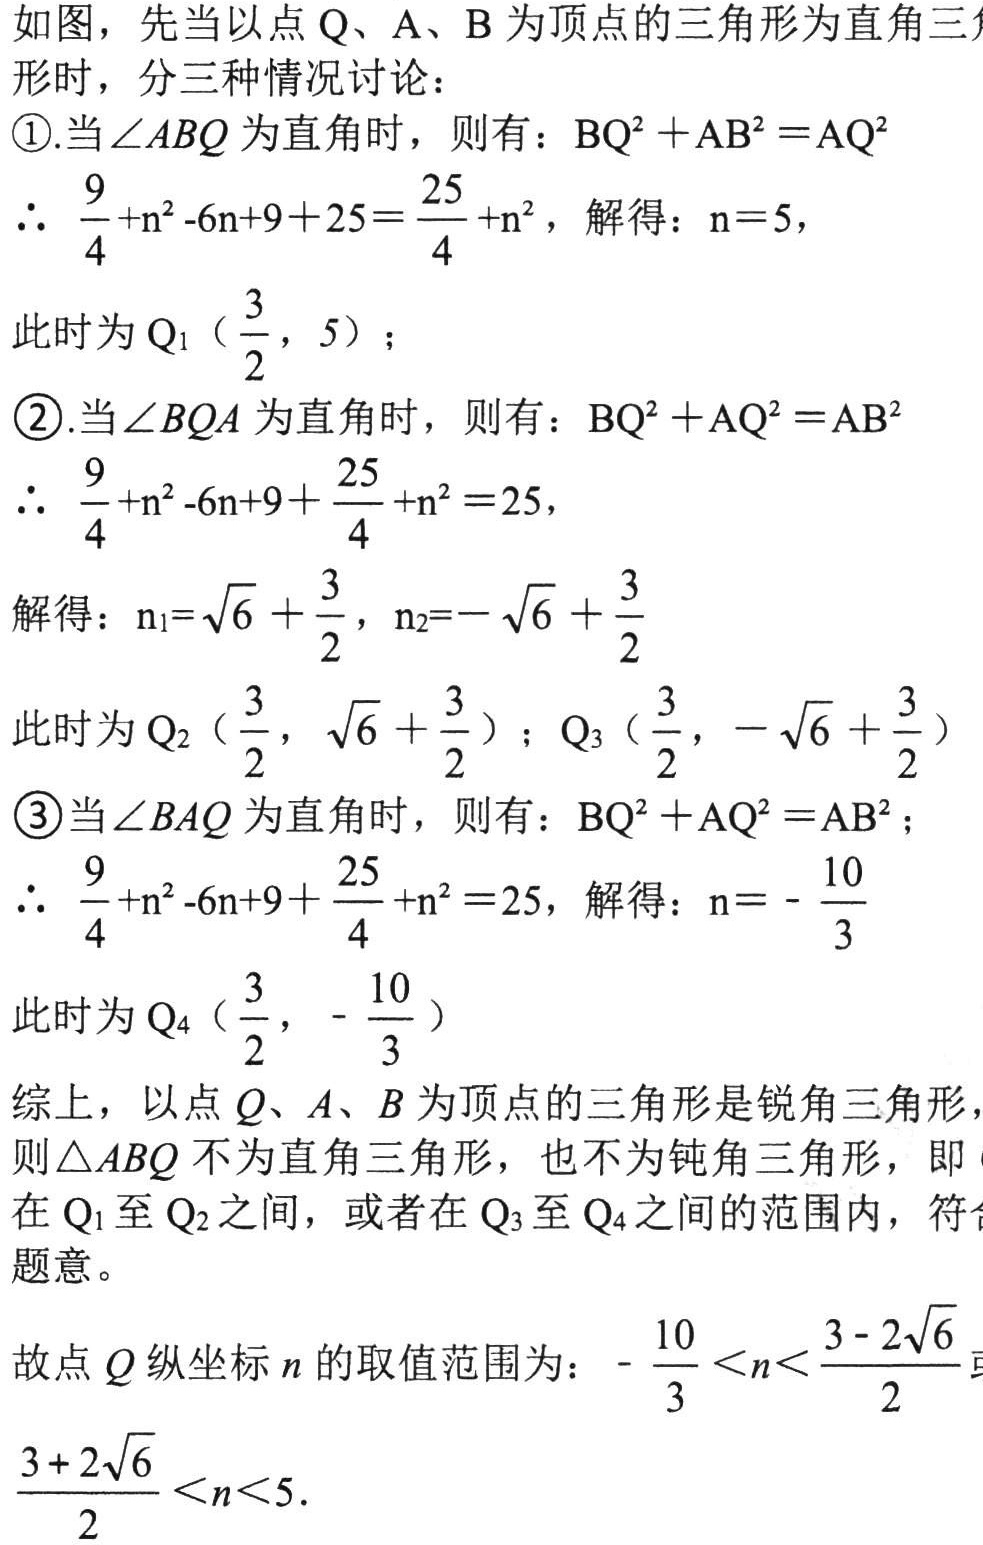
如图，先当以点\(Q\)、\(A\)、\(B\)为顶点的三角形为直角三角形时，分三种情况讨论：
\textcircled{1}.当\(\angle ABQ\)为直角时，则有：\(BQ^{2}+AB^{2}=AQ^{2}\)
\(\therefore \frac{9}{4}+n^{2}-6n + 9 + 25=\frac{25}{4}+n^{2}\)，解得：\(n = 5\)，
此时为\(Q_{1}(\frac{3}{2},5)\)；
\textcircled{2}.当\(\angle BQA\)为直角时，则有：\(BQ^{2}+AQ^{2}=AB^{2}\)
\(\therefore \frac{9}{4}+n^{2}-6n + 9+\frac{25}{4}+n^{2}=25\)，
解得：\(n_{1}=\sqrt{6}+\frac{3}{2}\)，\(n_{2}=-\sqrt{6}+\frac{3}{2}\)
此时为\(Q_{2}(\frac{3}{2},\sqrt{6}+\frac{3}{2})\)；\(Q_{3}(\frac{3}{2},-\sqrt{6}+\frac{3}{2})\)
\textcircled{3}当\(\angle BAQ\)为直角时，则有：\(BQ^{2}+AQ^{2}=AB^{2}\)；
\(\therefore \frac{9}{4}+n^{2}-6n + 9+\frac{25}{4}+n^{2}=25\)，解得：\(n = -\frac{10}{3}\)
此时为\(Q_{4}(\frac{3}{2},-\frac{10}{3})\)
综上，以点\(Q\)、\(A\)、\(B\)为顶点的三角形是锐角三角形，则\(\triangle ABQ\)不为直角三角形，也不为钝角三角形，即在\(Q_{1}\)至\(Q_{2}\)之间，或者在\(Q_{3}\)至\(Q_{4}\)之间的范围内，符合题意。
故点\(Q\)纵坐标\(n\)的取值范围为：\(-\frac{10}{3}<n<\frac{3 - 2\sqrt{6}}{2}\)或\(\frac{3 + 2\sqrt{6}}{2}<n<5\)。